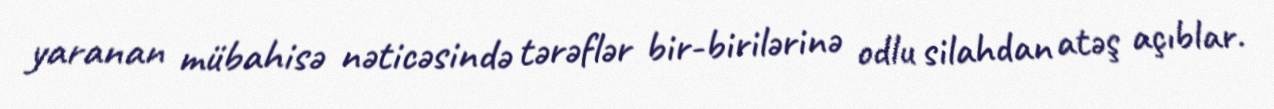
yaranan mübahisə nəticəsində tərəflər bir-birilərinə odlu silahdan atəş açıblar.